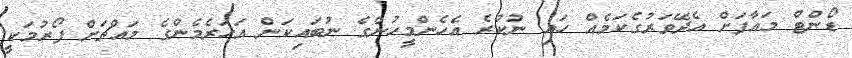
ޑޯންޓް މައާފަށް އެދޭވަރުގެކަމެއް ހައި ނުކުރެ އެހެންމީހުންގެ ނުބައިކަން އަހަރެމެންގެ މައްޗަށް ފޯރުމަކީ